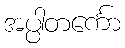
အပ္ပါတင်္ကော